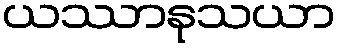
ယဿာနုသယာ